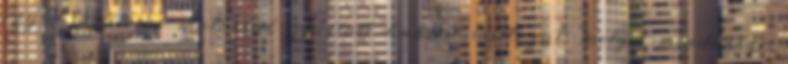
egy 7,0 literes motorral gyártott kabrió változat, melyet mindössze